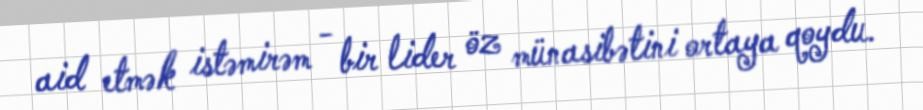
aid etmək istəmirəm - bir lider öz münasibətini ortaya qoydu.